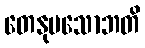
တေနုပသောဘတိ